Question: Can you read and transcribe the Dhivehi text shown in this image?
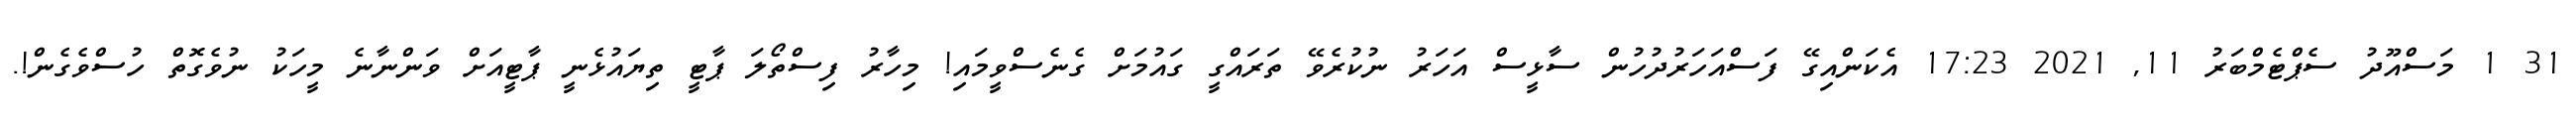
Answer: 31 1 މަސްއޫދު ސެޕްޓެމްބަރު 11, 2021 17:23 އެކަންއިގޭ ފަސްއަހަރުދުހުން ސާޅީސް އަހަރު ނުކުރެވޭ ތަރައްގީ ގައުމަށް ގެނެސްވީމައި! މިހާރު ފިސްތޯލަ ޕާޓީ ތިޔައުޅެނީ ޕާޓީއަށް ވަންނާނެ މީހަކު ނުވެގޮތް ހުސްވެގެން!.